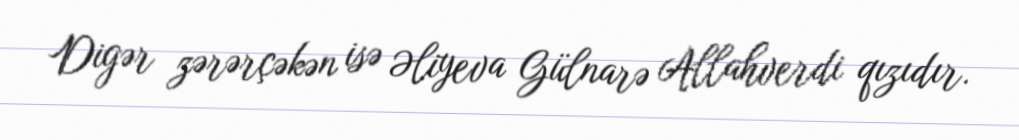
Digər zərərçəkən isə Əliyeva Gülnarə Allahverdi qızıdır.